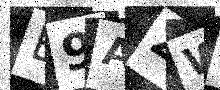
Text: B9AZWP